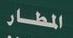
الطار